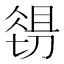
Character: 𱏉